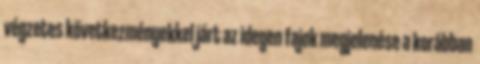
végzetes következményekkel járt az idegen fajok megjelenése a korábban